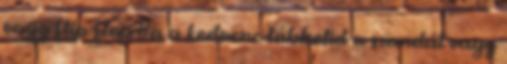
vagy flip-flop Ha a kedvenc lábbelid a szandál vagy